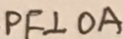
P F \bot O A